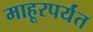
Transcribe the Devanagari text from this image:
माहूरपर्यंत